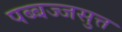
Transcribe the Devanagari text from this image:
पब्बज्जसुत्त